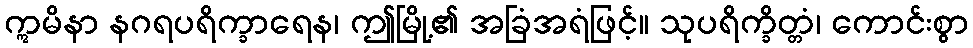
ဣမိနာ နဂရပရိက္ခာရေန၊ ဤမြို့၏ အခြံအရံဖြင့်။ သုပရိက္ခိတ္တံ၊ ကောင်းစွာ